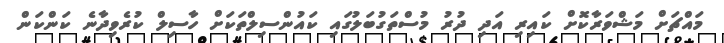
މައްޗަށް މަޝްވަރާކޮށް ކައިރި އަދި ދުރު މުސްތަގުބަލުގައި ކައުންސިލްތަކަށް ހާސިލް ކުރެވިދާނެ ކަންކަން